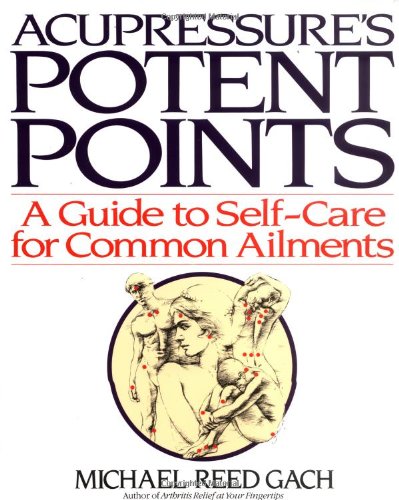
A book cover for Acupressure's Potent Points: A Guide to Self-Care for Common Ailments; Michael Reed Gach; Health, Fitness & Dieting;